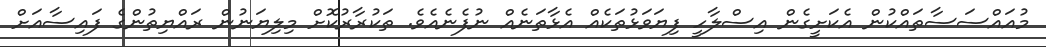
މުއައްސަސާތައްކުން އެކަށީގެން އިސްލާހީ ފިޔަވަޅުތަކެއް އެޅާތަނެއް ނުފެނެއެވެ. ތަކުރާރުކޮށް މިލިޔަނުން ރައްޔިތުންގެ ފައިސާއަށް